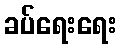
ခပ်ရေးရေး